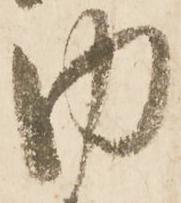
内